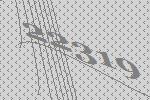
22319